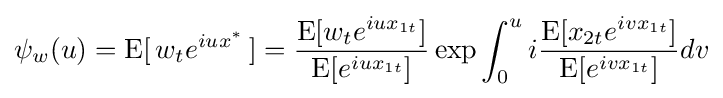
\psi _{w}(u)=\operatorname {E} [\,w_{t}e^{iux^{*}}\,]={\frac {\operatorname {E} [w_{t}e^{iux_{1t}}]}{\operatorname {E} [e^{iux_{1t}}]}}\exp \int _{0}^{u}i{\frac {\operatorname {E} [x_{2t}e^{ivx_{1t}}]}{\operatorname {E} [e^{ivx_{1t}}]}}dv